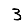
Digit: 3